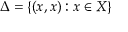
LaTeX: \Delta = \{ ( x , x ) : x \in X \}